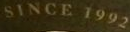
SINCE 1992